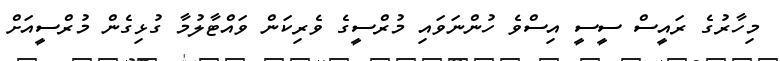
މިހާރުގެ ރައީސް ސީސީ އިސްވެ ހުންނަވައި މުރްސީގެ ވެރިކަން ވައްޓާލުމާ ގުޅިގެން މުރްސީއަށް